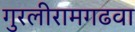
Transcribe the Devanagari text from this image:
गुरलीरामगढवा